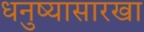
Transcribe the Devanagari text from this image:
धनुष्यासारखा